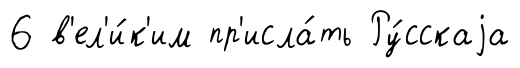
6 в'ел'и́к'им пр'исла́ть Ру́сскаjа